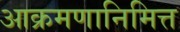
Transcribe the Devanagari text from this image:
आक्रमणानिमित्त